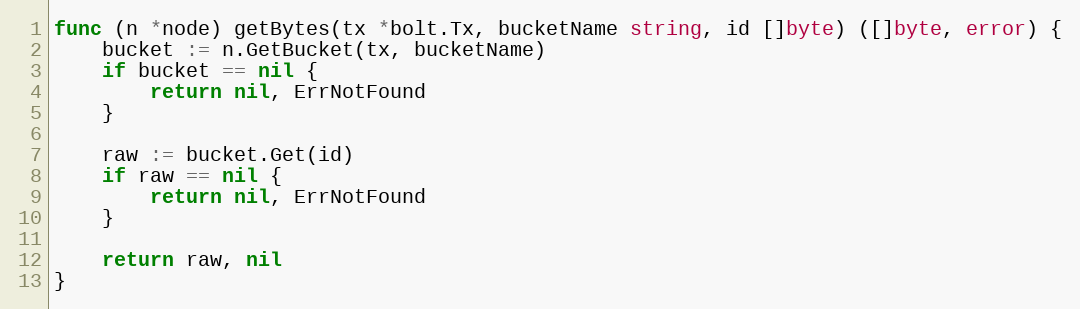
Language: Go
func (n *node) getBytes(tx *bolt.Tx, bucketName string, id []byte) ([]byte, error) {
	bucket := n.GetBucket(tx, bucketName)
	if bucket == nil {
		return nil, ErrNotFound
	}

	raw := bucket.Get(id)
	if raw == nil {
		return nil, ErrNotFound
	}

	return raw, nil
}